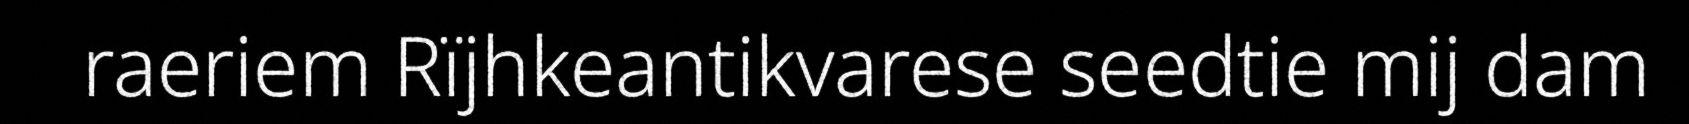
raeriem Rïjhkeantikvarese seedtie mij dam